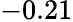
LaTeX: -0.21